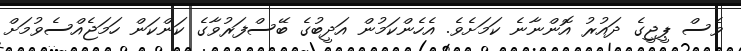
ވެސް ޕީޖީގެ ދައުރު އޮންނާނެ ކަމަށެވެ. އެހެންކަމުން އަދީބުގެ ބޭސްފަރުވާގެ ކަންކަން ހަމަޖެއްސެވުމަށް